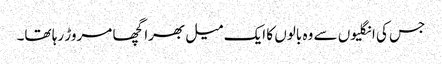
جس کی انگلیوں سے وہ بالوں کا ایک میل بھرا گچھا مروڑ رہا تھا۔